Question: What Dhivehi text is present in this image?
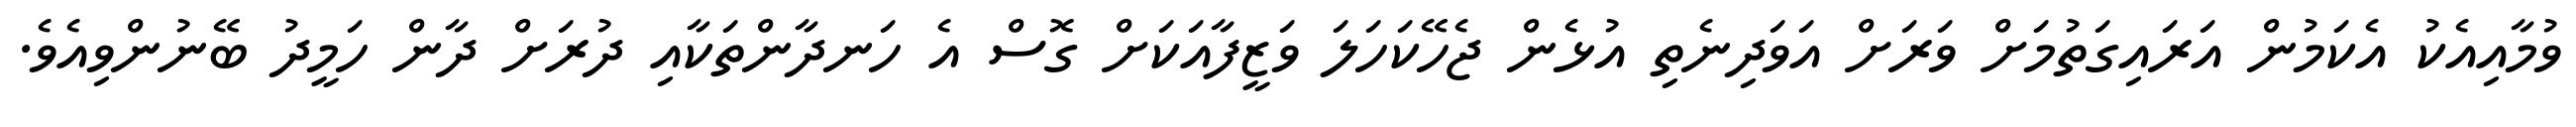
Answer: ވުމާއިއެކު އެކަމުން އަރައިގަތުމަށް ވަރަށް އަވަދިނެތި އުޅެން ޖެހޭކަހަލަ ވަޒީފާއަކަށް ގޮސް އެ ހަނދާންތަކާއި ދުރަށް ދާން ހަމީދު ބޭނުންވިއެވެ.